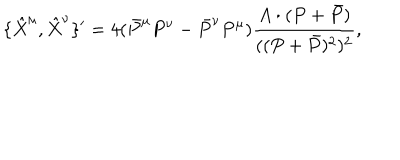
LaTeX: \{ \hat { X } ^ { \mu } , \hat { X } ^ { \nu } \} ^ { \prime } = 4 ( \bar { P } ^ { \mu } P ^ { \nu } - \bar { P } ^ { \nu } P ^ { \mu } ) \frac { A \cdot ( P + \bar { P } ) } { ( ( P + \bar { P } ) ^ { 2 } ) ^ { 2 } } ,